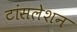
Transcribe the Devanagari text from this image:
टांंसलेशन